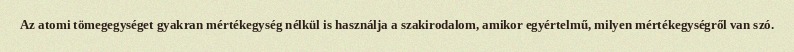
Az atomi tömegegységet gyakran mértékegység nélkül is használja a szakirodalom, amikor egyértelmű, milyen mértékegységről van szó.